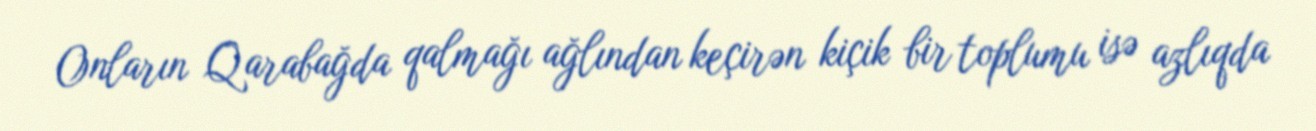
Onların Qarabağda qalmağı ağlından keçirən kiçik bir toplumu isə azlıqda